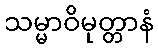
သမ္မာဝိမုတ္တာနံ